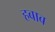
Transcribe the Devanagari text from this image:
हबाब